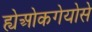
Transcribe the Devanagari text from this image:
ह्येओकगेयोसे